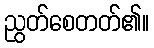
ညွတ်စေတတ်၏။